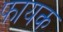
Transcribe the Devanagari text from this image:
फायक